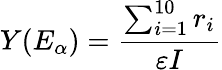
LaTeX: Y(E_{\alpha})=\frac{\sum_{i=1}^{10}r_{i}}{\varepsilon I}